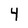
Character: 4